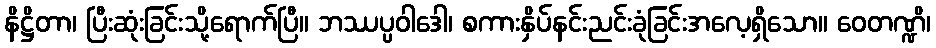
နိဋ္ဌိတာ၊ ပြီးဆုံးခြင်းသို့ရောက်ပြီ။ ဘဿပ္ပဝါဒေါ၊ စကားနှိပ်နင်းညင်းခုံခြင်းအလေ့ရှိသော။ ဝေတဏ္ဍိ၊